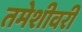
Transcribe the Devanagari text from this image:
तमेशीवरी